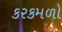
કરકમળો